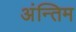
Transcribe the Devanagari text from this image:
अंन्तिम